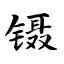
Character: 镊